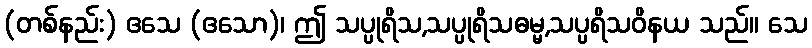
(တစ်နည်း) ဧသေ (ဧသော)၊ ဤ သပ္ပုရိသ,သပ္ပုရိသဓမ္မ,သပ္ပရိသဝိနယ သည်။ သေ